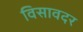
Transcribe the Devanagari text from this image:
विसावदर